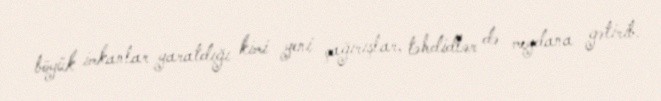
böyük imkanlar yaratdığı kimi yeni çağırışlar, təhdidlər də meydana gətirib.